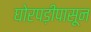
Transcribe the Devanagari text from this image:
घोरपड़ीपासून